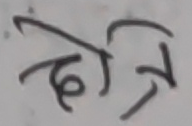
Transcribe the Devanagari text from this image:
दोत्रि